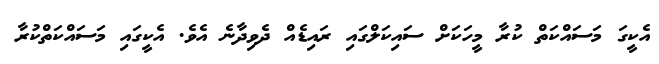
އެކީގަ މަސައްކަތް ކުރާ މީހަކަށް ސައިކަލްގައި ރައިޑެއް ދެވިދާނެ އެވެ. އެކީގައި މަސައްކަތްކުރާ